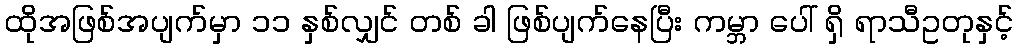
ထိုအဖြစ်အပျက်မှာ ၁၁ နှစ်လျှင် တစ် ခါ ဖြစ်ပျက်နေပြီး ကမ္ဘာ ပေါ် ရှိ ရာသီဥတုနှင့်